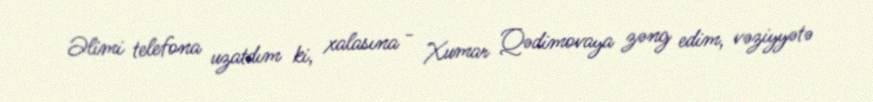
Əlimi telefona uzatdım ki, xalasına - Xumar Qədimovaya zəng edim, vəziyyətə